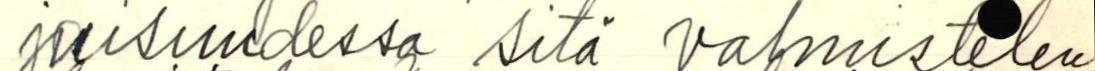
jaisuudessa sitä valmistelen